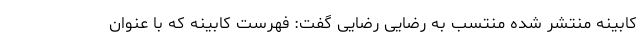
کابینه منتشر شده منتسب به رضایی رضایی گفت: فهرست کابینه که با عنوان